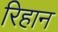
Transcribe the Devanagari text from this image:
रिहान